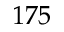
1 7 5